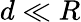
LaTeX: d\ll R